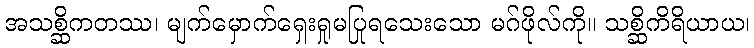
အသစ္ဆိကတဿ၊ မျက်မှောက်ရှေးရှုမပြုရသေးသော မဂ်ဖိုလ်ကို။ သစ္ဆိကိရိယာယ၊